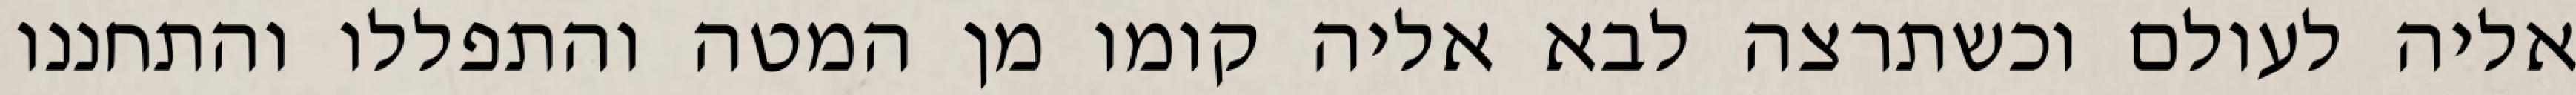
אליה לעולם וכשתרצה לבא אליה קומו מן המטה והתפללו והתחננו